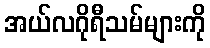
အယ်လဂိုရီသမ်များကို